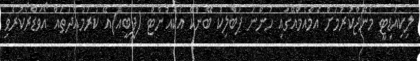
ލިކިއުޑިޓީ މެނޭޖްކުރުމަށް އެމްއެމްއޭގައި ހުންނަ ޕަބްލިކް ބޭންކް އެކައުންޓް (ޕީބީއޭ)އޭ ކުރުމުއްދަތައް އޯވަޑްރޯކުރެވި